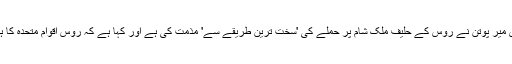
ادھر روسی صدر ولادی میر پوتن نے روس کے حلیف ملک شام پر حملے کی 'سخت ترین طریقے سے' مذمت کی ہے اور کہا ہے کہ روس اقوامِ متحدہ کا ہنگامی اجلاس بلائے گا۔